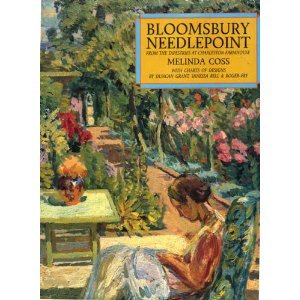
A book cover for Bloomsbury Needlepoint: From the Tapestries at Charleston Farmhouse; Melinda Coss; Crafts, Hobbies & Home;